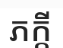
ភក្តី